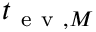
t _ { \mathrm { ~ e ~ v ~ } , M }